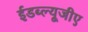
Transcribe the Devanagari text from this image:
ईडब्ल्यूजीए